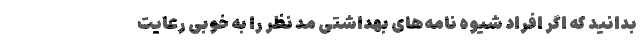
بدانید که اگر افراد شیوه نامه‌های بهداشتی مد نظر را به خوبی رعایت